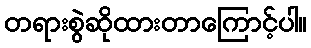
တရားစွဲဆိုထားတာကြောင့်ပါ။